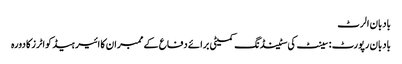
بادبان الرٹ
بادبان رپورٹ : سینٹ کی سٹینڈنگ کمیٹی برائے دفاع کے ممبران کا ائیر ہیڈ کواٹرز کا دورہ